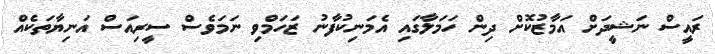
ރައީސް ނަޝީދަށް އަމާޒުކޮށް ދިން ހަމަލާގައި އެމަނިކުފާނު ޒަހަމްވި ނަމަވެސް ސީރިއަސް އަނިޔާތަކެއް